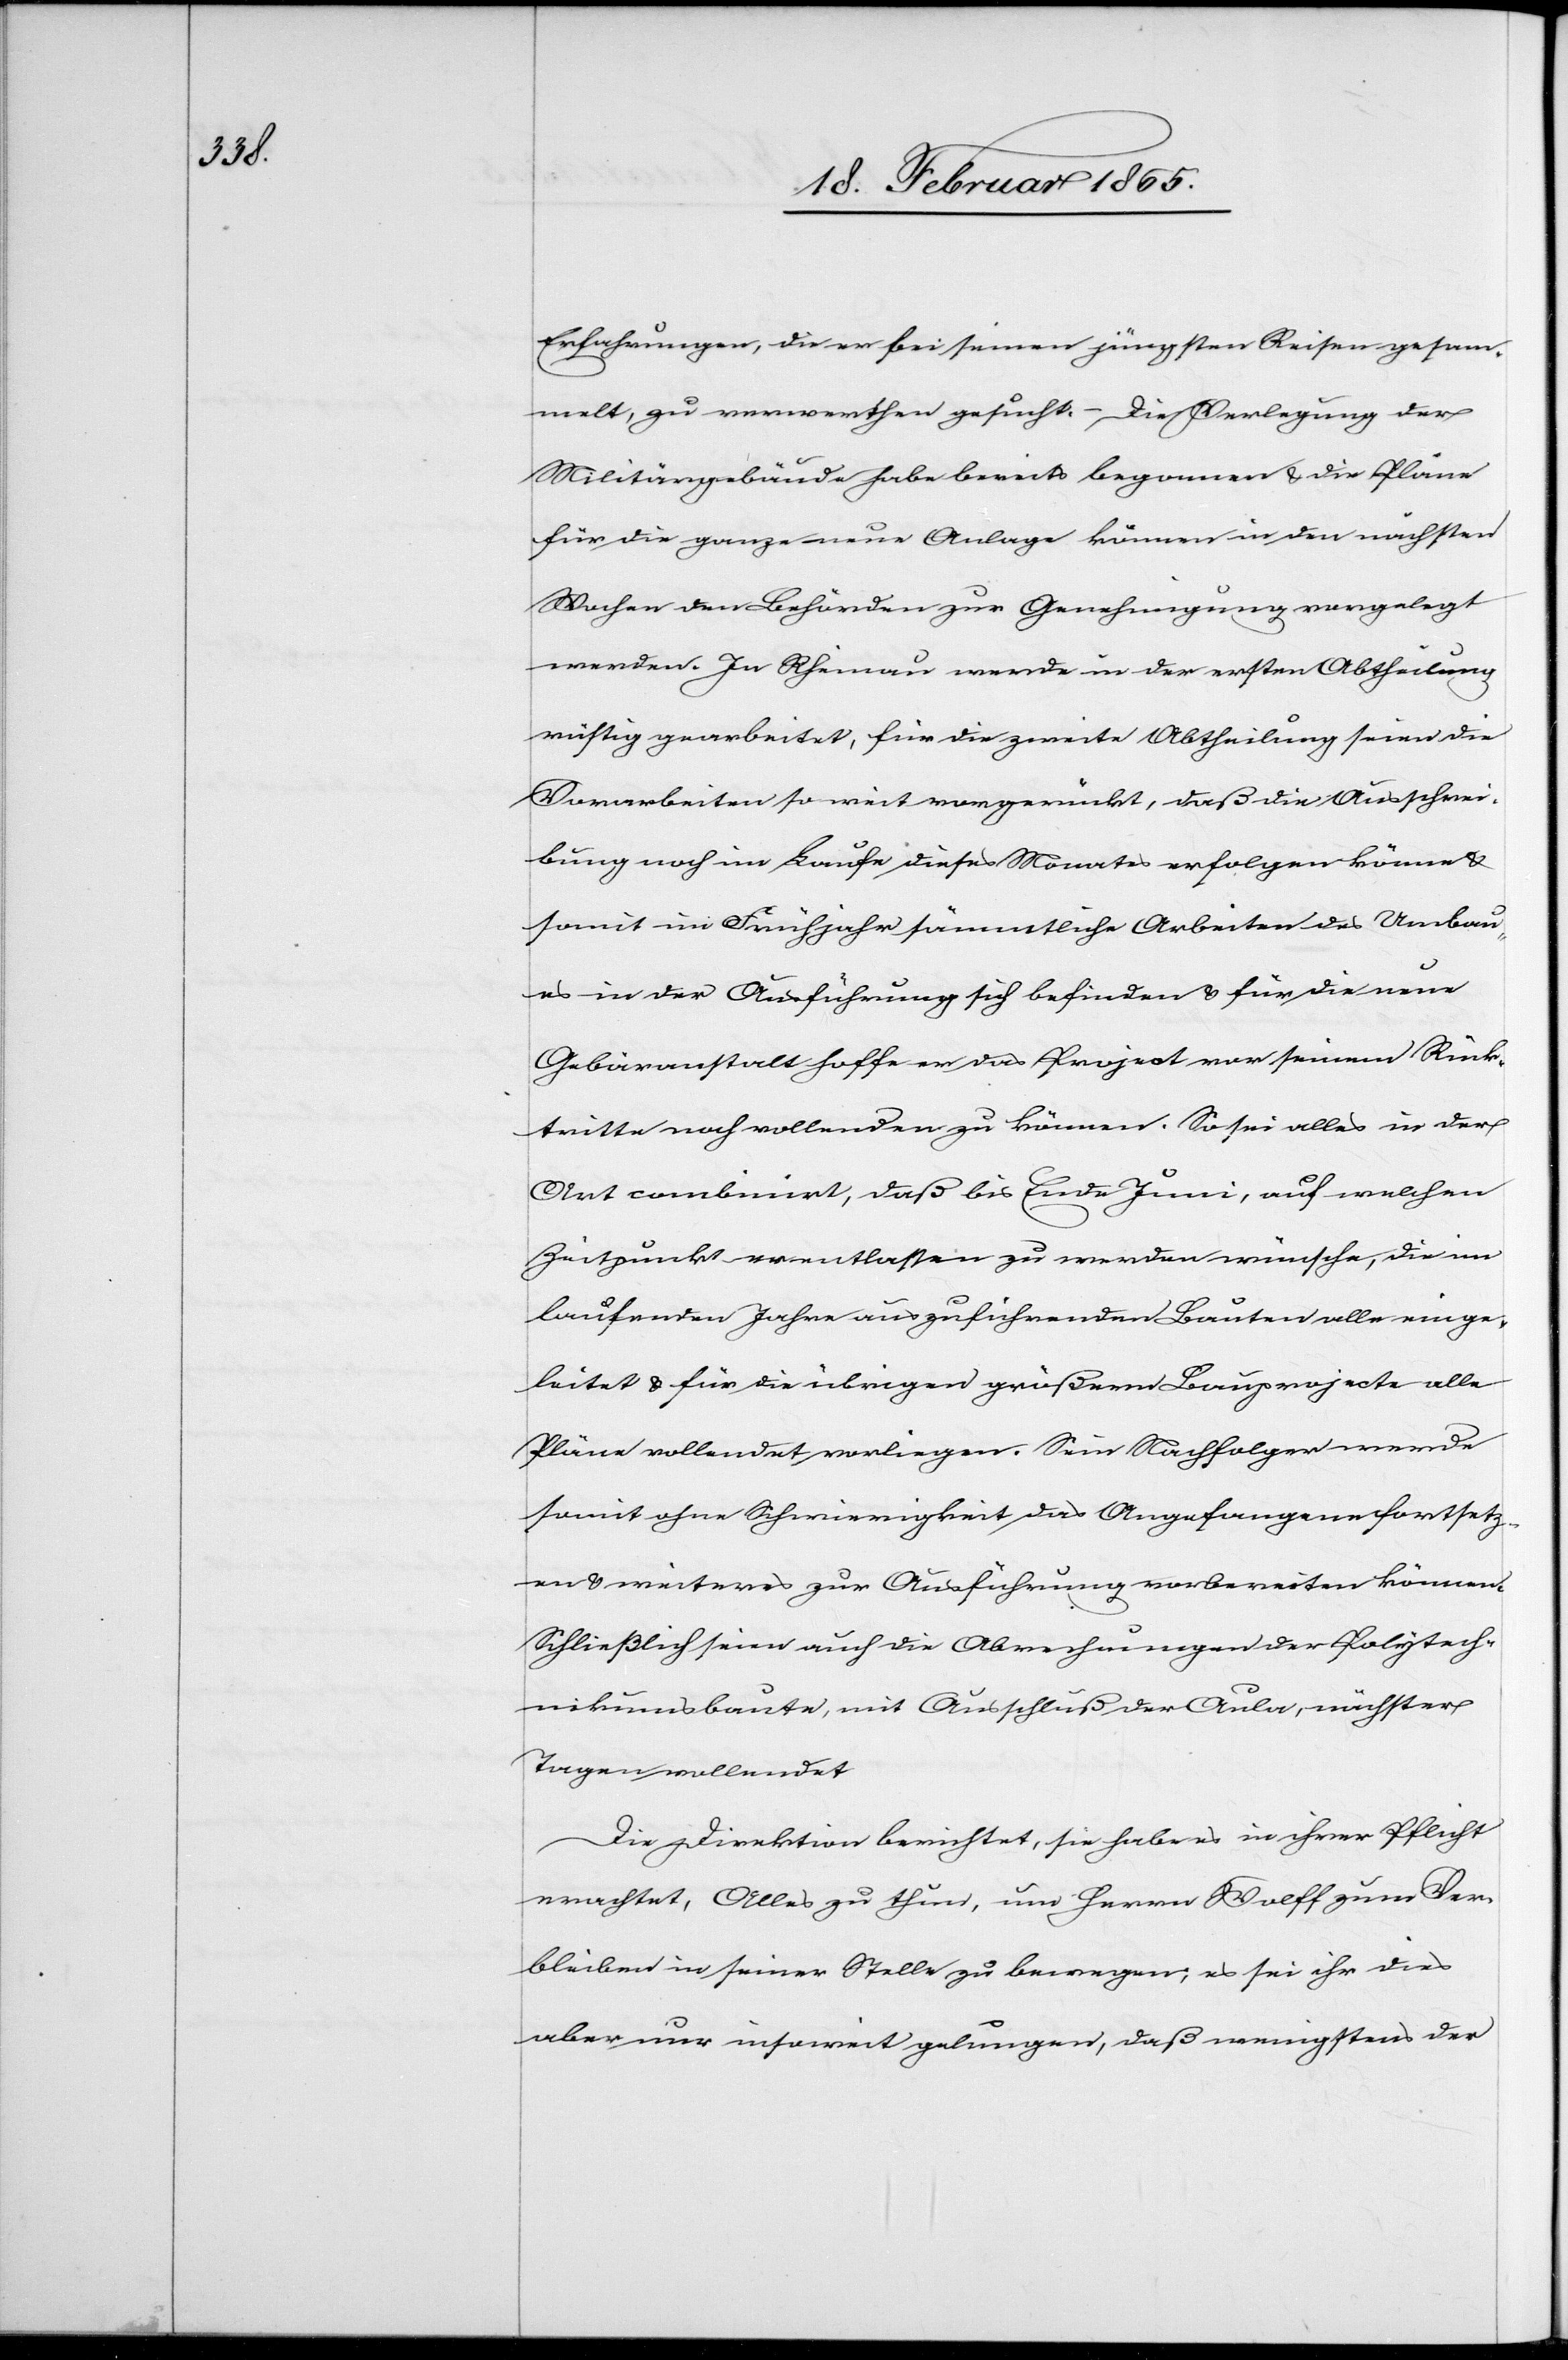
Erfahrungen, die er bei seinen jüngsten Reisen gesam¬
melt, zu verwerthen gesucht. – Die Verlegung der
Militärgebäude habe bereits begonnen u. die Pläne
für die ganze neue Anlage können in den nächsten
Wochen den Behörden zur Genehmigung vorgelegt
werden. In Rheinau werde in der ersten Abtheilung
rüstig gearbeitet, für die zweite Abtheilung seien die
Vorarbeiten so weit vorgerückt, daß die Ausschrei¬
bung noch im Laufe dieses Monats erfolgen könne u.
somit im Frühjahr sämmtliche Arbeiten des Umbau¬
es in der Ausführung sich befinden u. für die neue
Gebäranstalt hoffe er das Project vor seinem Rück¬
tritte noch vollenden zu können. So sei alles in der
Art combinirt, daß bis Ende Juni, auf welchen
Zeitpunkt er entlassen zu werden wünsche, die im
laufenden Jahre auszuführenden Bauten alle einge¬
leitet u. für die übrigen größern Bauprojecte alle
Pläne vollendet vorliegen. Sein Nachfolger werde
somit ohne Schwierigkeit das Angefangene fortsetz¬
en u. weiteres zur Ausführung vorbereiten können.
Schließlich seien auch die Abrechnungen der Polytech¬
nikumsbaute, mit Ausschluß der Aula, nächster
Tagen vollendet[.]
Die Direktion berichtet, sie habe es in ihrer Pflicht
erachtet, Alles zu thun, um Herrn Wolff zum Ver¬
bleiben in seiner Stelle zu bewegen; es sei ihr dies
aber nur insoweit gelungen, daß wenigstens der